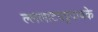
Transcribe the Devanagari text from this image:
ल्ललाटपट्टपावके